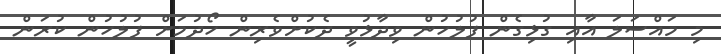
މި މައްސަލަ އާއި ގުޅިގެން ފުލުހުން ވިދާޅުވީ ދެކުށްވެރިން ހޯދުމަށް ފުލުހުން ކުރަން